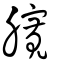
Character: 臗